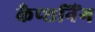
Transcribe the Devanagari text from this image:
कैप्शनिंग